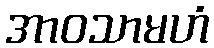
အာဝသာမဟံ